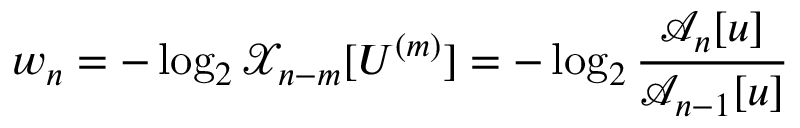
w _ { n } = - \log _ { 2 } \mathcal { X } _ { n - m } [ U ^ { ( m ) } ] = - \log _ { 2 } \frac { \mathcal { A } _ { n } [ u ] } { \mathcal { A } _ { n - 1 } [ u ] }